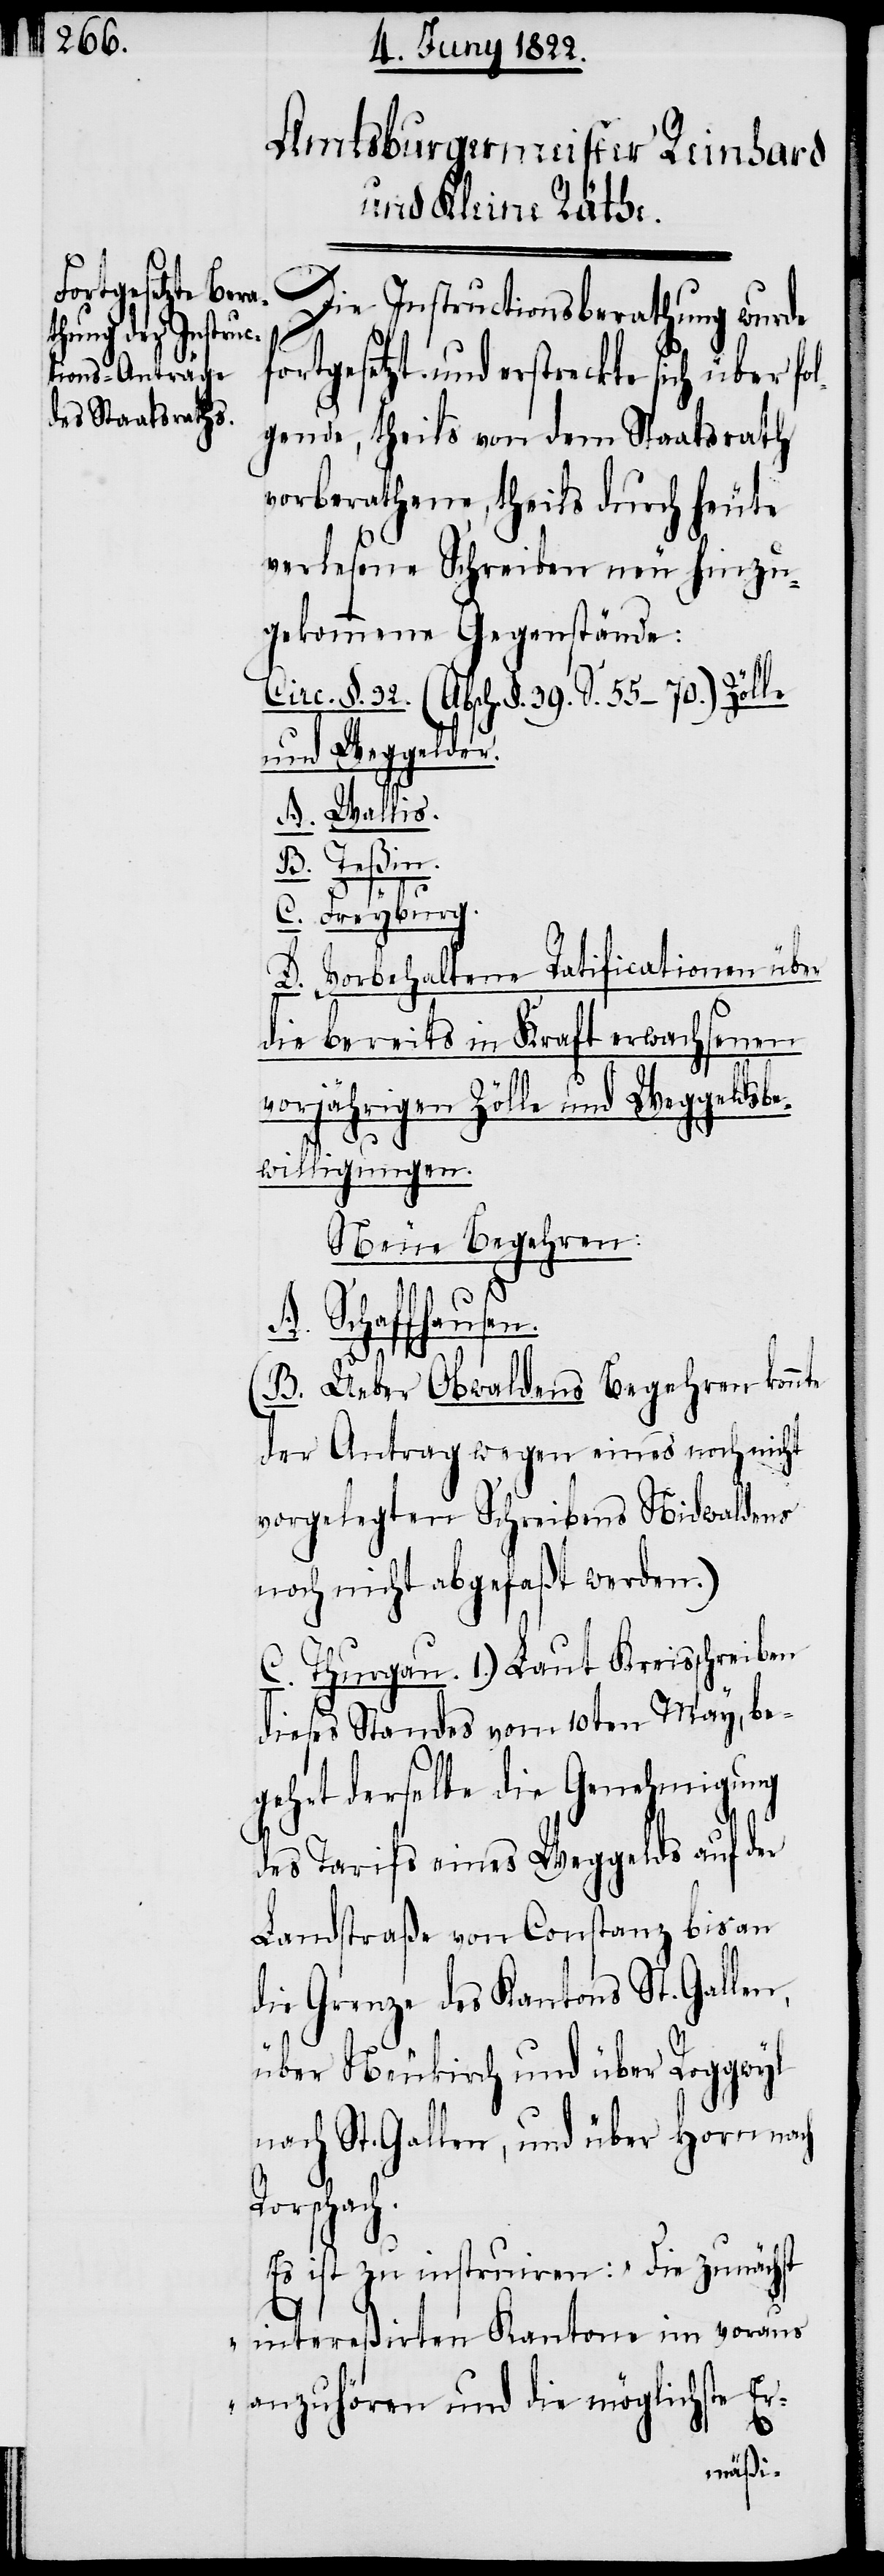
Die Instructionsberathung wurde
fortgesetzt und erstreckte sich über fo¬
lgende, theils von dem Staatsrath
vorberathene, theils durch heute
verlesene Schreiben neu hinzu¬
gekommene Gegenstände:
Circ. §. 32. (Absch. §. 39. S. 55–70.) Zölle
und Weggelder.
A. Wallis.
Teßin.
C. Freyburg.
Vorbehaltene Ratificationen über
die bereits in Kraft erwachsenen
vorjährigen Zölle und Weggeldsbe¬
D.
willigungen.
Neue Begehren:
A. Schaffhausen.
(B. Ueber Obwaldens Begehren konnte
der Antrag wegen eines noch nicht
vorgelegten Schreibens Nidwaldens
noch nicht abgefaßt werden.)
C. Thurgau. 1.) Laut Kreisschreiben
dieses Standes vom 10ten May, be¬
gehrt derselbe die Genehmigung
des Tarifs eines Weggelds auf der
Landstraße von Constanz bis an
die Grenze des Kantons St. Gallen,
über Neukirch und über Roggwyl
nach St. Gallen, und über Horn nach
Roschach.
Es ist zu instruiren: „Die zunächst
intereßirten Kantone im voraus
anzuhören und die möglichste Er-